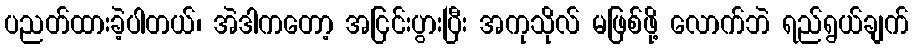
ပညတ်ထားခဲ့ပါတယ်၊ အဲဒါကတော့ အငြင်းပွားပြီး အကုသိုလ် မဖြစ်ဖို့ လောက်ဘဲ ရည်ရွယ်ချက်